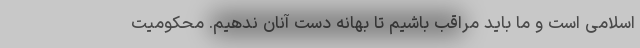
اسلامی است و ما باید مراقب باشیم تا بهانه دست آنان ندهیم. محکومیت